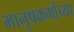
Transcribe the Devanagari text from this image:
मानुषकर्माच्या